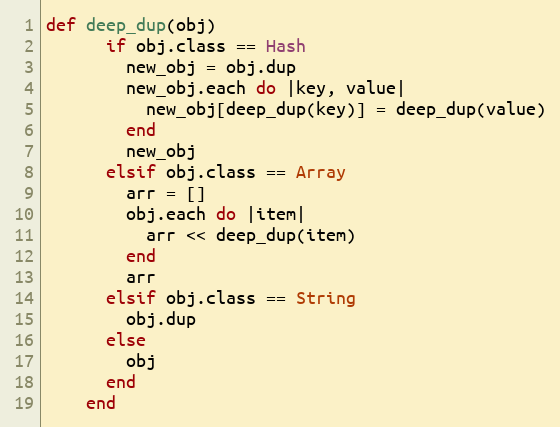
Language: Ruby
def deep_dup(obj)
      if obj.class == Hash
        new_obj = obj.dup
        new_obj.each do |key, value|
          new_obj[deep_dup(key)] = deep_dup(value)
        end
        new_obj
      elsif obj.class == Array
        arr = []
        obj.each do |item|
          arr << deep_dup(item)
        end
        arr
      elsif obj.class == String
        obj.dup
      else
        obj
      end
    end